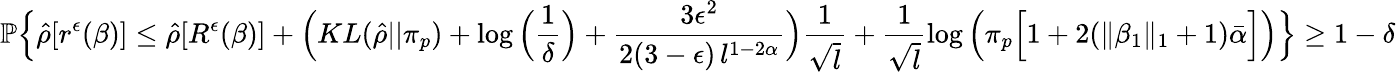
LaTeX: \mathbb{P}\Big\{ \hat{\rho}[r^{\epsilon}(\beta)]\leq\hat{\rho}[R^{\epsilon}(\beta)]+\Big(KL(\hat{\rho}||\pi_{p})+\log\Big(\frac{1}{\delta}\Big)+\frac{3\epsilon^{2}}{2(3-\epsilon)\, l^{1-2\alpha}}\Big)\frac{1}{\sqrt{l}}+\frac{1}{\sqrt{l}}\log\Big(\pi_{p}\Big[1+2(\| \beta_{1}\| _{1}+1)\bar{\alpha}\Big]\Big)\Big\} \geq 1-\delta